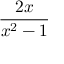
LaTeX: \frac { 2 x } { x ^ { 2 } - 1 }